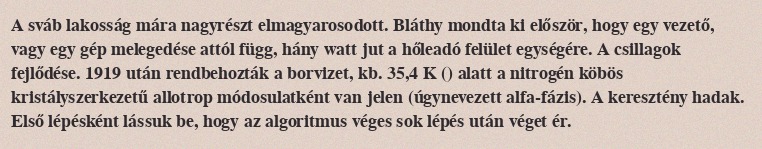
A sváb lakosság mára nagyrészt elmagyarosodott. Bláthy mondta ki először, hogy egy vezető, vagy egy gép melegedése attól függ, hány watt jut a hőleadó felület egységére. A csillagok fejlődése. 1919 után rendbehozták a borvizet, kb. 35,4 K () alatt a nitrogén köbös kristályszerkezetű allotrop módosulatként van jelen (úgynevezett alfa-fázis). A keresztény hadak. Első lépésként lássuk be, hogy az algoritmus véges sok lépés után véget ér.